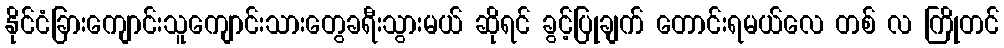
နိုင်ငံခြားကျောင်းသူကျောင်းသားတွေခရီးသွားမယ် ဆိုရင် ခွင့်ပြုချက် တောင်းရမယ်လေ တစ် လ ကြိုတင်